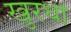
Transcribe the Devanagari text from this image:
खुरधा